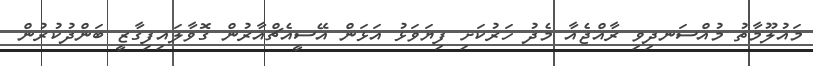
މައުލޫމާތު މުއްސަނދިވި ރާއްޖެއާ މެދު ހަރުކަށި ފިޔަވަޅު އަޅަން އޭސީއެޗްއާރުން ގޮވާލައިފިގާޒީ ބަންދުކުރުން